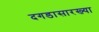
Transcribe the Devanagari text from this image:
दगडासारख्या